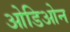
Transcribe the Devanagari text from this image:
ओडिओन